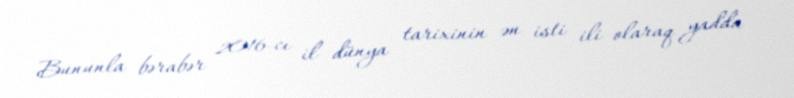
Bununla bərabər 2016-cı il dünya tarixinin ən isti ili olaraq yadda